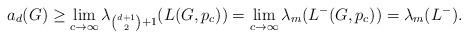
LaTeX: \begin{align*}a_d(G) \ge \lim_{c\to\infty}\lambda_{\binom{d+1}{2}+1}(L(G,p_c))= \lim_{c\to\infty}\lambda_{m}(L^-(G,p_c))= \lambda_{m}(L^-).\end{align*}